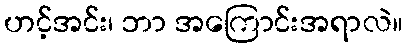
ဟင့်အင်း၊ ဘာ အကြောင်းအရာလဲ။